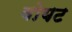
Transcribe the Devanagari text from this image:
वोयट